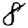
Digit: 8